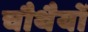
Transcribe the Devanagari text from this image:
चौथैयों